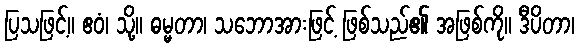
ပြသဖြင့်။ ဧဝံ၊ သို့။ ဓမ္မတာ၊ သဘောအားဖြင့် ဖြစ်သည်၏ အဖြစ်ကို။ ဒီပိတာ၊